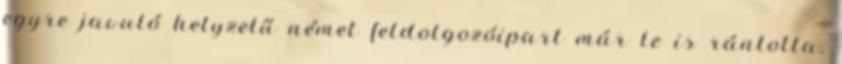
egyre javuló helyzetű német feldolgozóipart már le is rántotta.